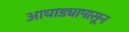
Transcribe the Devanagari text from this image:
आघाड्यापासून